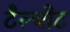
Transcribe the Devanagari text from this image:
टैल्बोट